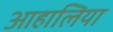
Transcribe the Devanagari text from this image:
आहालिया